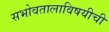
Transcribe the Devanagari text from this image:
सभोवतालाविषयीची